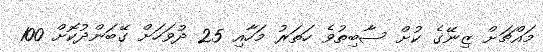
މައްޗަށް ޒިނޭގެ ކުށް ސާބިތުވެ ހަތަރު މަހާއި 25 ދުވަހަށް ގޭބަންދުކޮށް 100